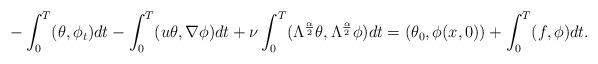
LaTeX: \begin{align*}-\int_0^T(\theta, \phi_t)dt-\int_0^T(u\theta, \nabla\phi)dt+\nu\int_0^T(\Lambda^{\frac{\alpha}{2}}\theta, \Lambda^{\frac{\alpha}{2}}\phi)dt=(\theta_0, \phi(x,0))+\int_0^T(f, \phi)dt.\end{align*}